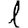
Digit: 1